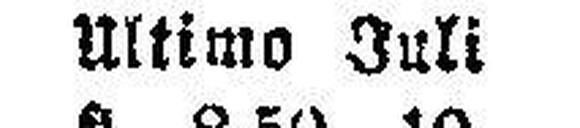
Ultimo Juli